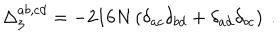
\Delta _ { 3 } ^ { a b , c d } = - 2 1 6 N \left( \delta _ { a c } \delta _ { b d } + \delta _ { a d } \delta _ { b c } \right) \ .